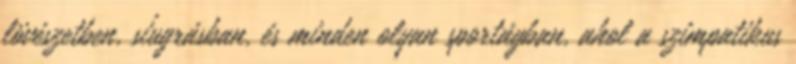
lövészetben, síugrásban, és minden olyan sportágban, ahol a szimpatikus